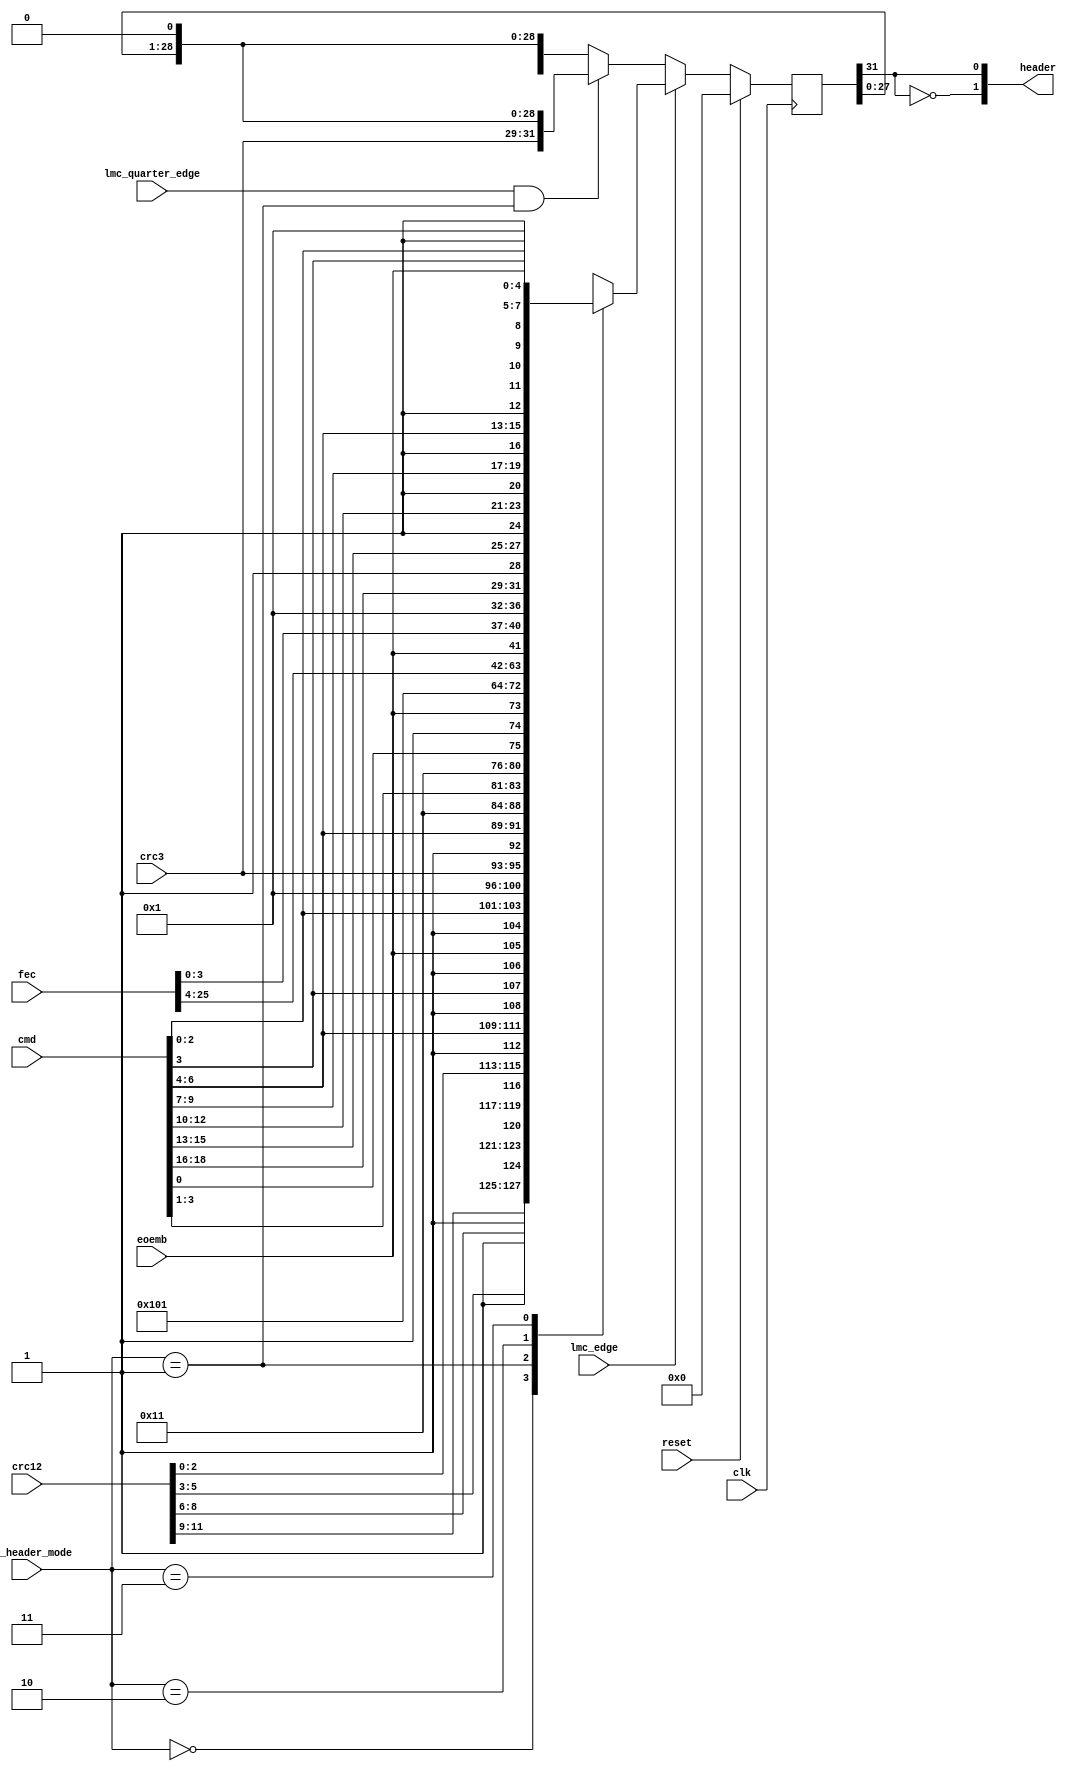
// ***************************************************************************
// ***************************************************************************
// Copyright (C) 2017, 2018, 2020, 2022 Analog Devices, Inc. All rights reserved.
// SPDX short identifier: ADIJESD204
// ***************************************************************************
// ***************************************************************************

`timescale 1ns/100ps

module jesd204_tx_header (
  input clk,
  input reset,

  input [1:0]  cfg_header_mode,

  input        lmc_edge,
  input        lmc_quarter_edge,

  // Header content to be sent must be valid during lmc_edge
  input        eoemb,
  input [2:0]  crc3,
  input [11:0] crc12,
  input [25:0] fec,
  input [18:0] cmd,

  output [1:0] header
);

  reg header_bit;
  reg [31:0] sync_word = 'h0;

  always @(posedge clk) begin
    if (reset) begin
      sync_word <= 'h0;
    end else if (lmc_edge) begin
      case (cfg_header_mode)
        // CRC-12
        2'b00 : sync_word <= {crc12[11:9],1'b1,crc12[8:6],1'b1,
                               crc12[5:3],1'b1,crc12[2:0],1'b1,
                                 cmd[6:4],1'b1,cmd[3],1'b1,eoemb,1'b1,
                                 cmd[2:0],5'b00001};
        // CRC-3
        2'b01 : sync_word <= {  crc3[2:0],1'b1,cmd[6:4],1'b1,
                                   3'b000,1'b1,cmd[3:1],1'b1,
                                   3'b000,1'b1,cmd[0],1'b1,eoemb,1'b1,
                                   3'b000,5'b00001};
        // FEC
        2'b10 : sync_word <= { fec[25:18],
                               fec[17:10],
                                 fec[9:4],eoemb,fec[3],
                                 fec[2:0],5'b00001};
        // Stand alone command
        2'b11 : sync_word <= { cmd[18:16],1'b1,cmd[15:13],1'b1,
                               cmd[12:10],1'b1,cmd[9:7],1'b1,
                                 cmd[6:4],1'b1,cmd[3],1'b1,eoemb,1'b1,
                                 cmd[2:0],5'b00001};
      endcase
    end else begin
      if (lmc_quarter_edge && cfg_header_mode == 2'b01) begin
        sync_word <= {crc3[2],crc3[1],crc3[0],sync_word[27:0],1'b0};
      end else begin
        sync_word <= {sync_word[30:0],1'b0};
      end
    end
  end

  assign header = {~sync_word[31],sync_word[31]};

endmodule